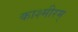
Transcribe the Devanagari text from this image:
काश्मीरम्